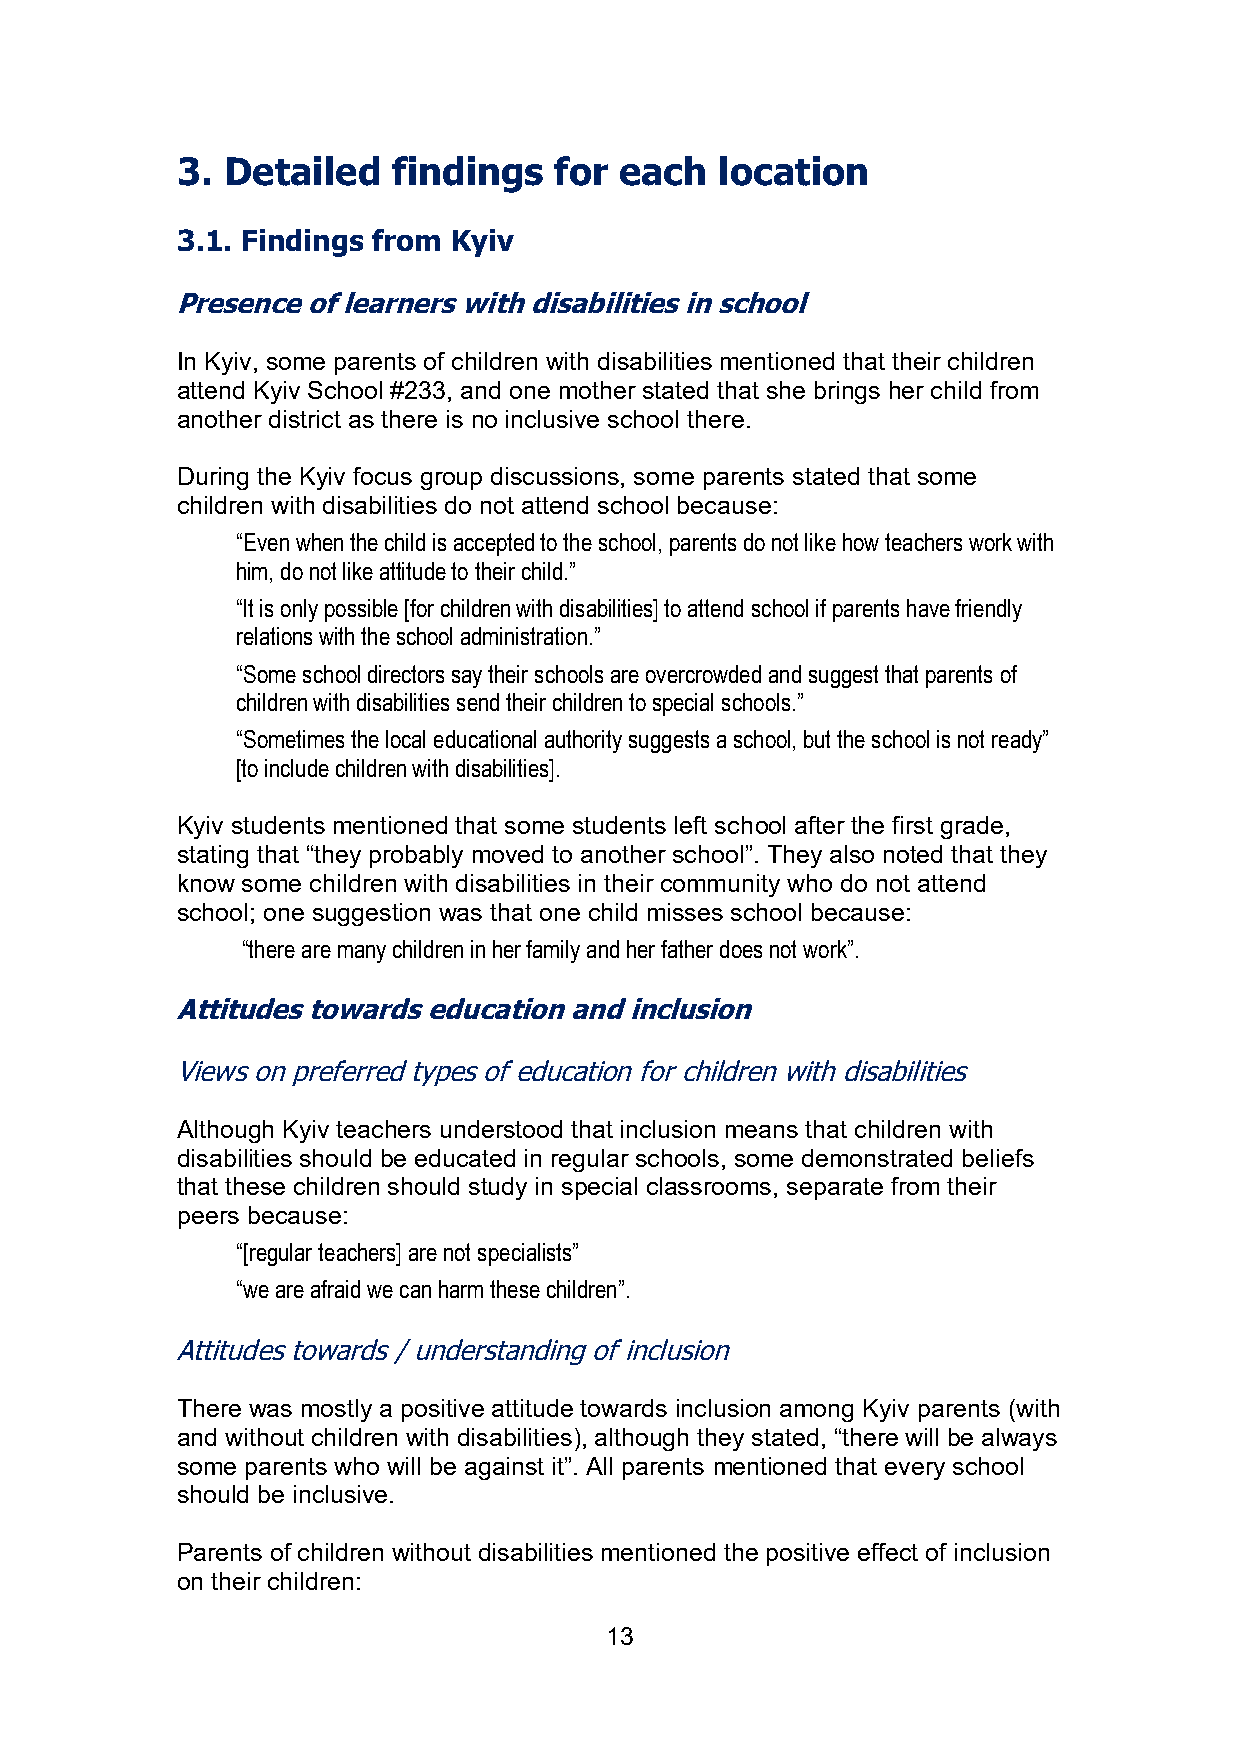
3. Detailed   findings   for each   location
 3.1. Findings from Kyiv
 Presence of learners with disabilities in school
 In Kyiv, some parents of children with disabilities mentioned that their children
 attend Kyiv School #233, and one mother stated that she brings her child from
 another district as there is no inclusive school there.
 During the Kyiv focus group discussions, some parents stated that some
 children with disabilities do not attend school because:
 “Even when the child is accepted to the school, parents do not like how teachers work with
 him, do not like attitude to their child.”
 “It is only possible [for children with disabilities] to attend school if parents have friendly
 relations with the school administration.”
 “Some school directors say their schools are overcrowded and suggest that parents of
 children with disabilities send their children to special schools.”
 “Sometimes the local educational authority suggests a school, but the school is not ready”
 [to include children with disabilities].
 Kyiv students mentioned that some students left school after the first grade,
 stating that “they probably moved to another school”. They also noted that they
 know some children with disabilities in their community who do not attend
 school; one suggestion was that one child misses school because:
 “there are many children in her family and her father does not work”.
 Attitudes towards education and inclusion
 Views on preferred types of education for children with disabilities
 Although Kyiv teachers understood that inclusion means that children with
 disabilities should be educated in regular schools, some demonstrated beliefs
 that these children should study in special classrooms, separate from their
 peers because:
 “[regular teachers] are not specialists”
 “we are afraid we can harm these children”.
 Attitudes towards / understanding of inclusion
 There was mostly a positive attitude towards inclusion among Kyiv parents (with
 and without children with disabilities), although they stated, “there will be always
 some parents who will be against it”. All parents mentioned that every school
 should be inclusive.
 Parents of children without disabilities mentioned the positive effect of inclusion
 on their children:
 13